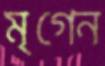
মৃগেন